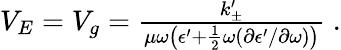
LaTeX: \begin{array}{r}{V_{E}=V_{g}=\frac{k_{\pm}^{\prime}}{\mu\omega\left(\epsilon^{\prime}+\frac{1}{2}\omega({\partial\epsilon^{\prime}/\partial\omega})\right)}\; .}\end{array}